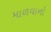
માળવાનો